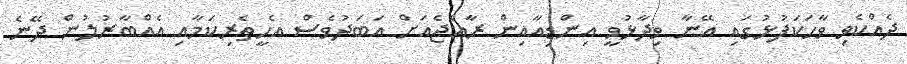
ދެއްކެވި ވާހަކަފުޅުގައި އޭނާ ވިދާޅުވީ އިންޑިއާއިން ރާއްޖެއަށް އަބަދުވެސް އެހީތެރިކަމާއި އެއްބާރުލުން ދޭނެ